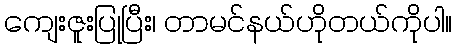
ကျေးဇူးပြုပြီး၊ တာမင်နယ်ဟိုတယ်ကိုပါ။